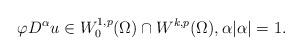
LaTeX: \begin{align*}\varphi D^{\alpha} u \in W^{1,p}_{0}(\Omega) \cap W^{k,p}(\Omega), \alpha |\alpha| = 1.\end{align*}